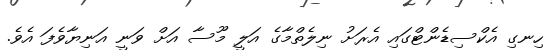
ހިނގި އެކްސިޑެންޓްގައި އެރަށު ނިލެތްމާގެ އަލީ މޫސާ އަށް ވަނީ އަނިޔާވެފަ އެވެ.